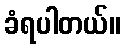
ခံရပါတယ်။